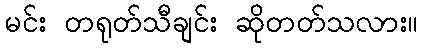
မင်း တရုတ်သီချင်း ဆိုတတ်သလား။